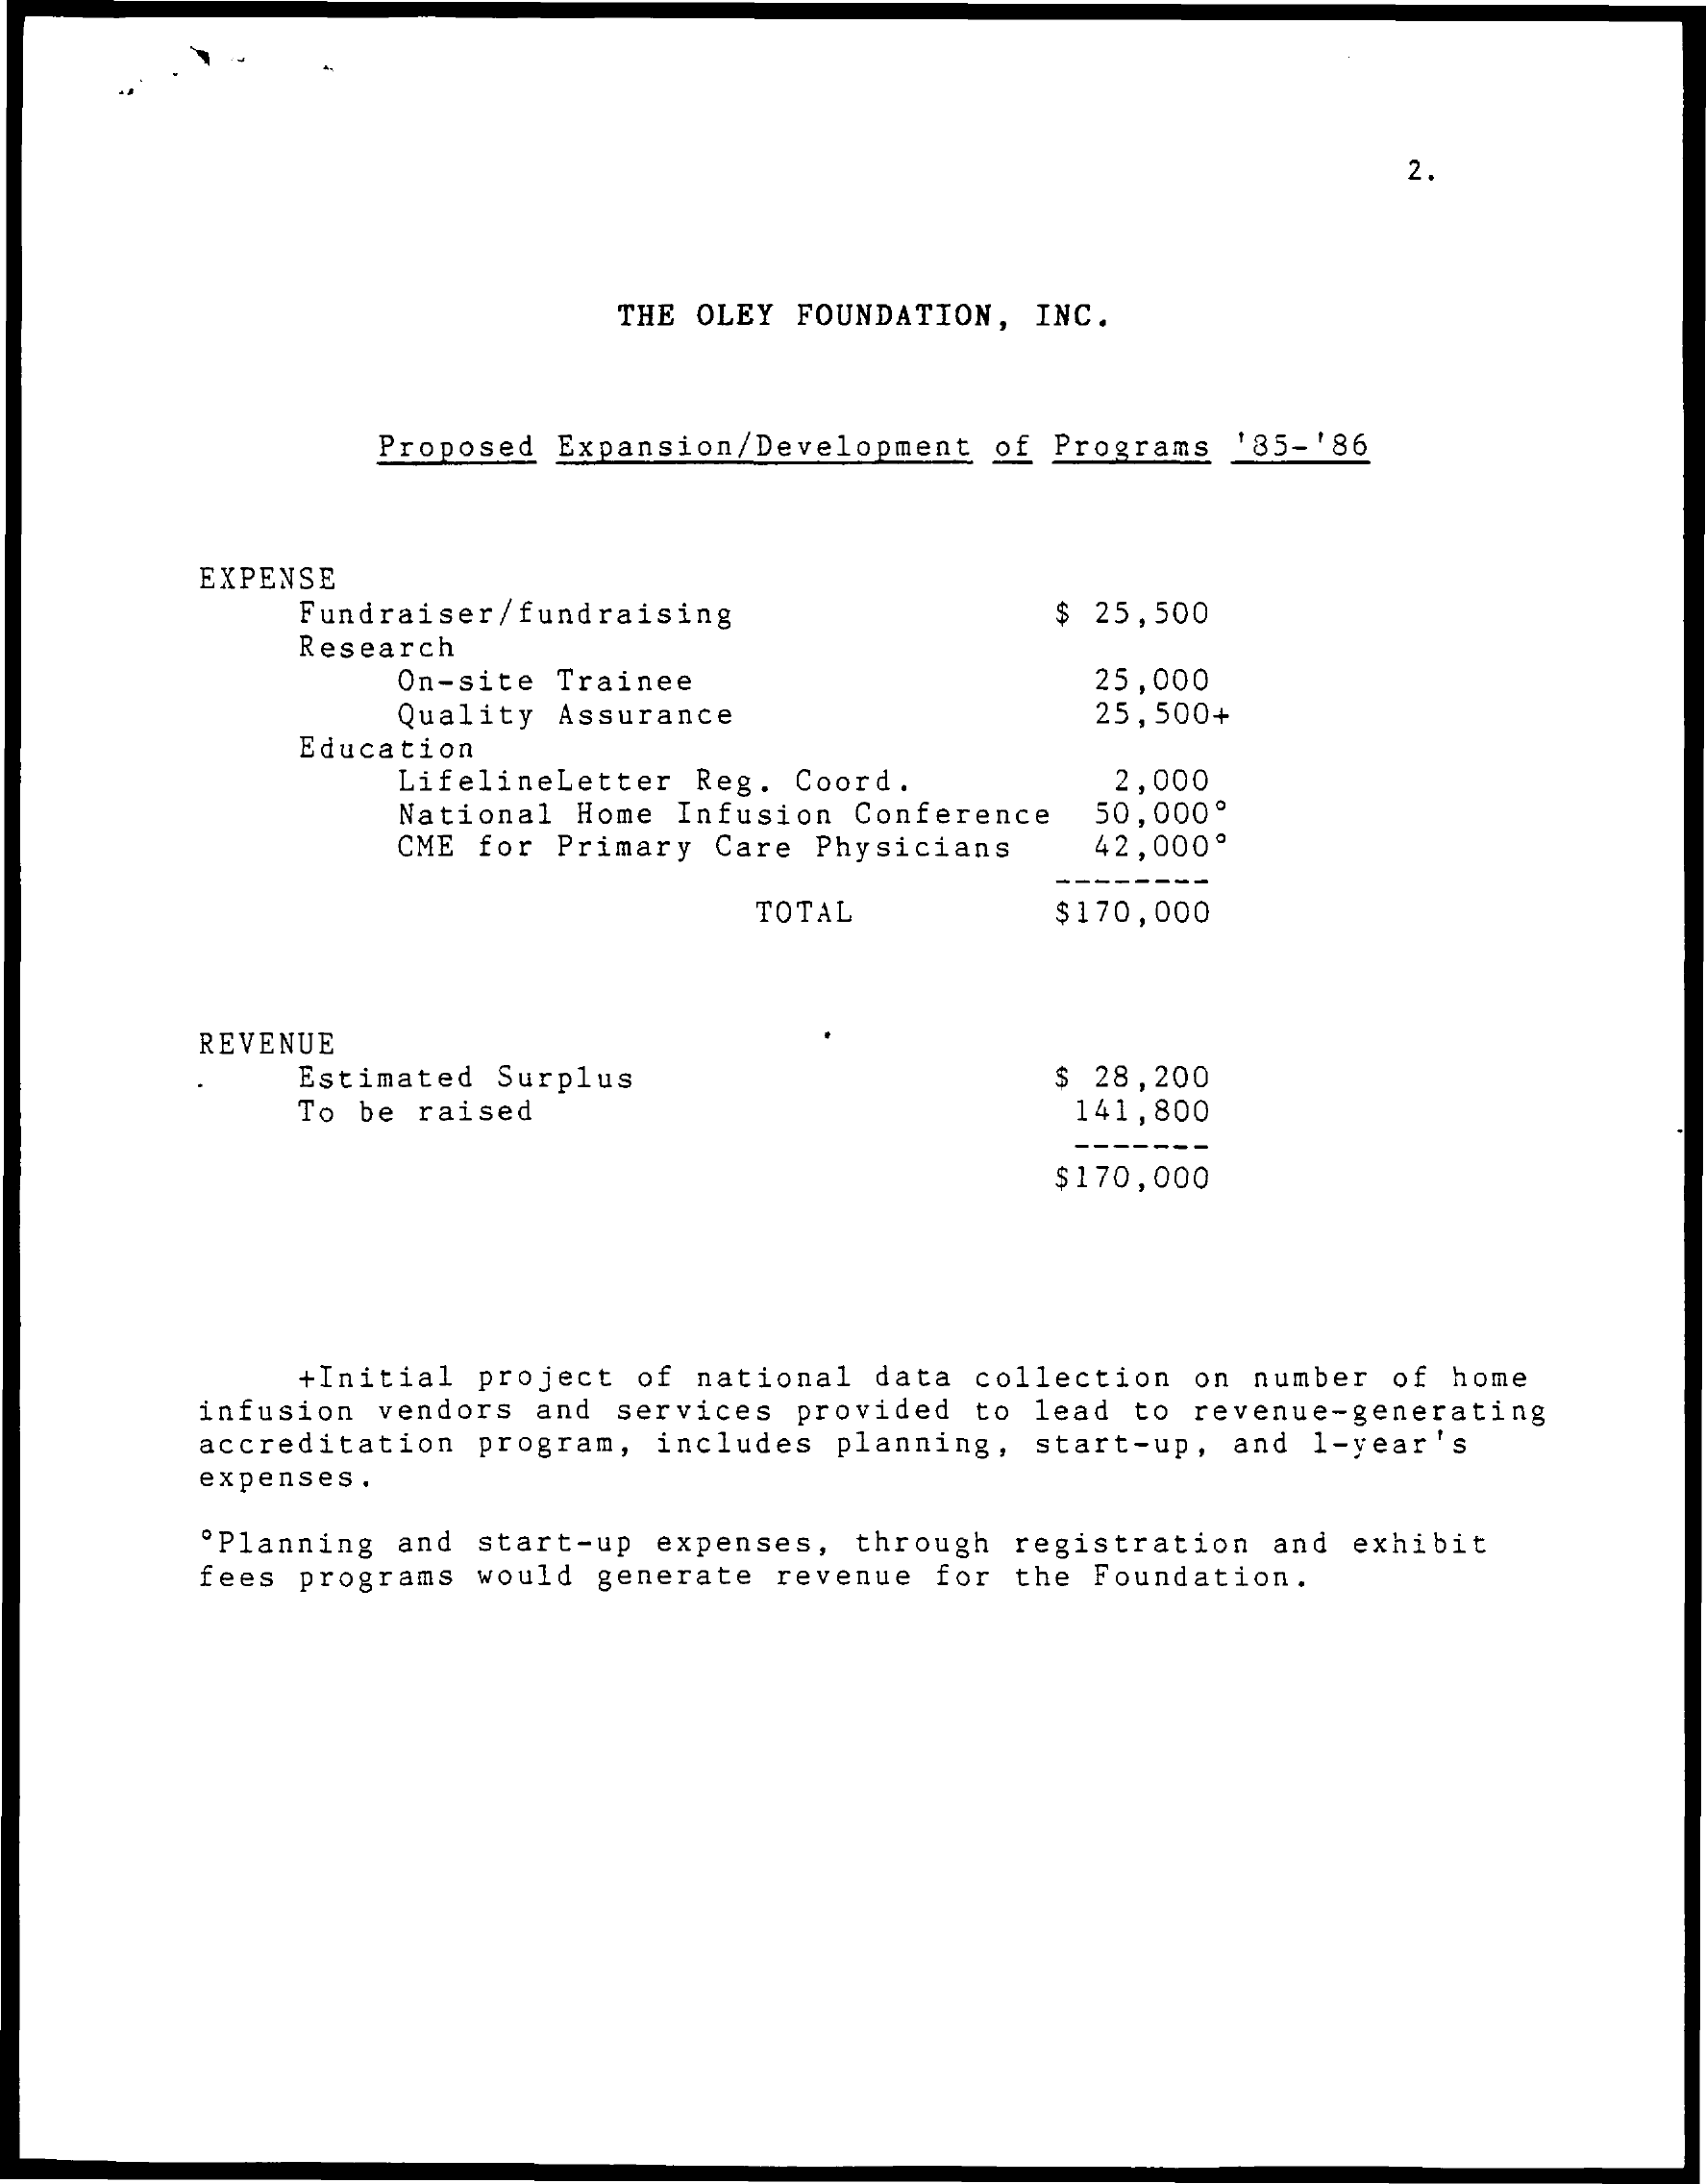
2.
     THE OLEY FOUNDATION, INC.
     Proposed Expansion/Development of Programs 185-186
     EXPENSE
     Fundraiser/fundraising    $ 25,500
     Research
     On-site Trainee    25,000
     Quality Assurance    25,500+
     Education
     LifelineLetter Reg. Coord.
     National Home Infusion Conference
     2,000
     50,000º
     CME for Primary Care Physicians 42,000º
     TOTAL    $170,000
     REVENUE
     Estimated Surplus
     To be raised
     $ 28,200
     141,800
     $170,000
     +Initial project of national data collection on number of home
     infusion vendors and services provided to lead to revenue-generating
     accreditation program, includes planning, start-up, and 1-year's
     expenses .
     ºPlanning and start-up expenses, through registration and exhibit
     fees programs would generate revenue for the Foundation.